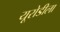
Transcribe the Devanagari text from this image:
यूरोडीला